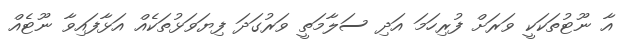
އާ ނޫޓުތަކަކީ ވަރަށް ފުރިހަމަ އަދި ސަލާމަތީ ވަރުގަދަ ފިޔަވަޅުތަކެއް އަޅާފައިވާ ނޫޓެއް